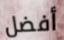
أفضل